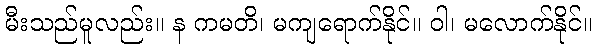
မီးသည်မူလည်း။ န ကမတိ၊ မကျရောက်နိုင်။ ဝါ၊ မလောက်နိုင်။